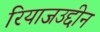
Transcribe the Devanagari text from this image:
रियाजउद्दीन